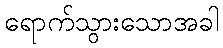
ရောက်သွားသောအခါ